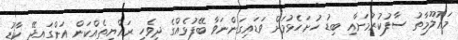
މަޢުލޫމާތު ސާފުކުރުމަށާއި ބިޑު ހުށަހެޅުމަށް ވަޑައިގަންނަވާ ބޭފުޅެއްގެ ދިވެހި ރައްޔިތެއްކަން އަންގައިދޭ ކާޑު